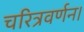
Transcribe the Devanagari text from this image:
चरित्रवर्णन।